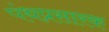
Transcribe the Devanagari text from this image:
पंथप्रसारक